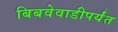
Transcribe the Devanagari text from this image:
बिबवेवाडीपर्यंत